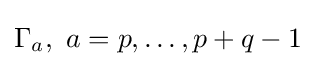
\Gamma _{a},\ a=p,\ldots ,p+q-1